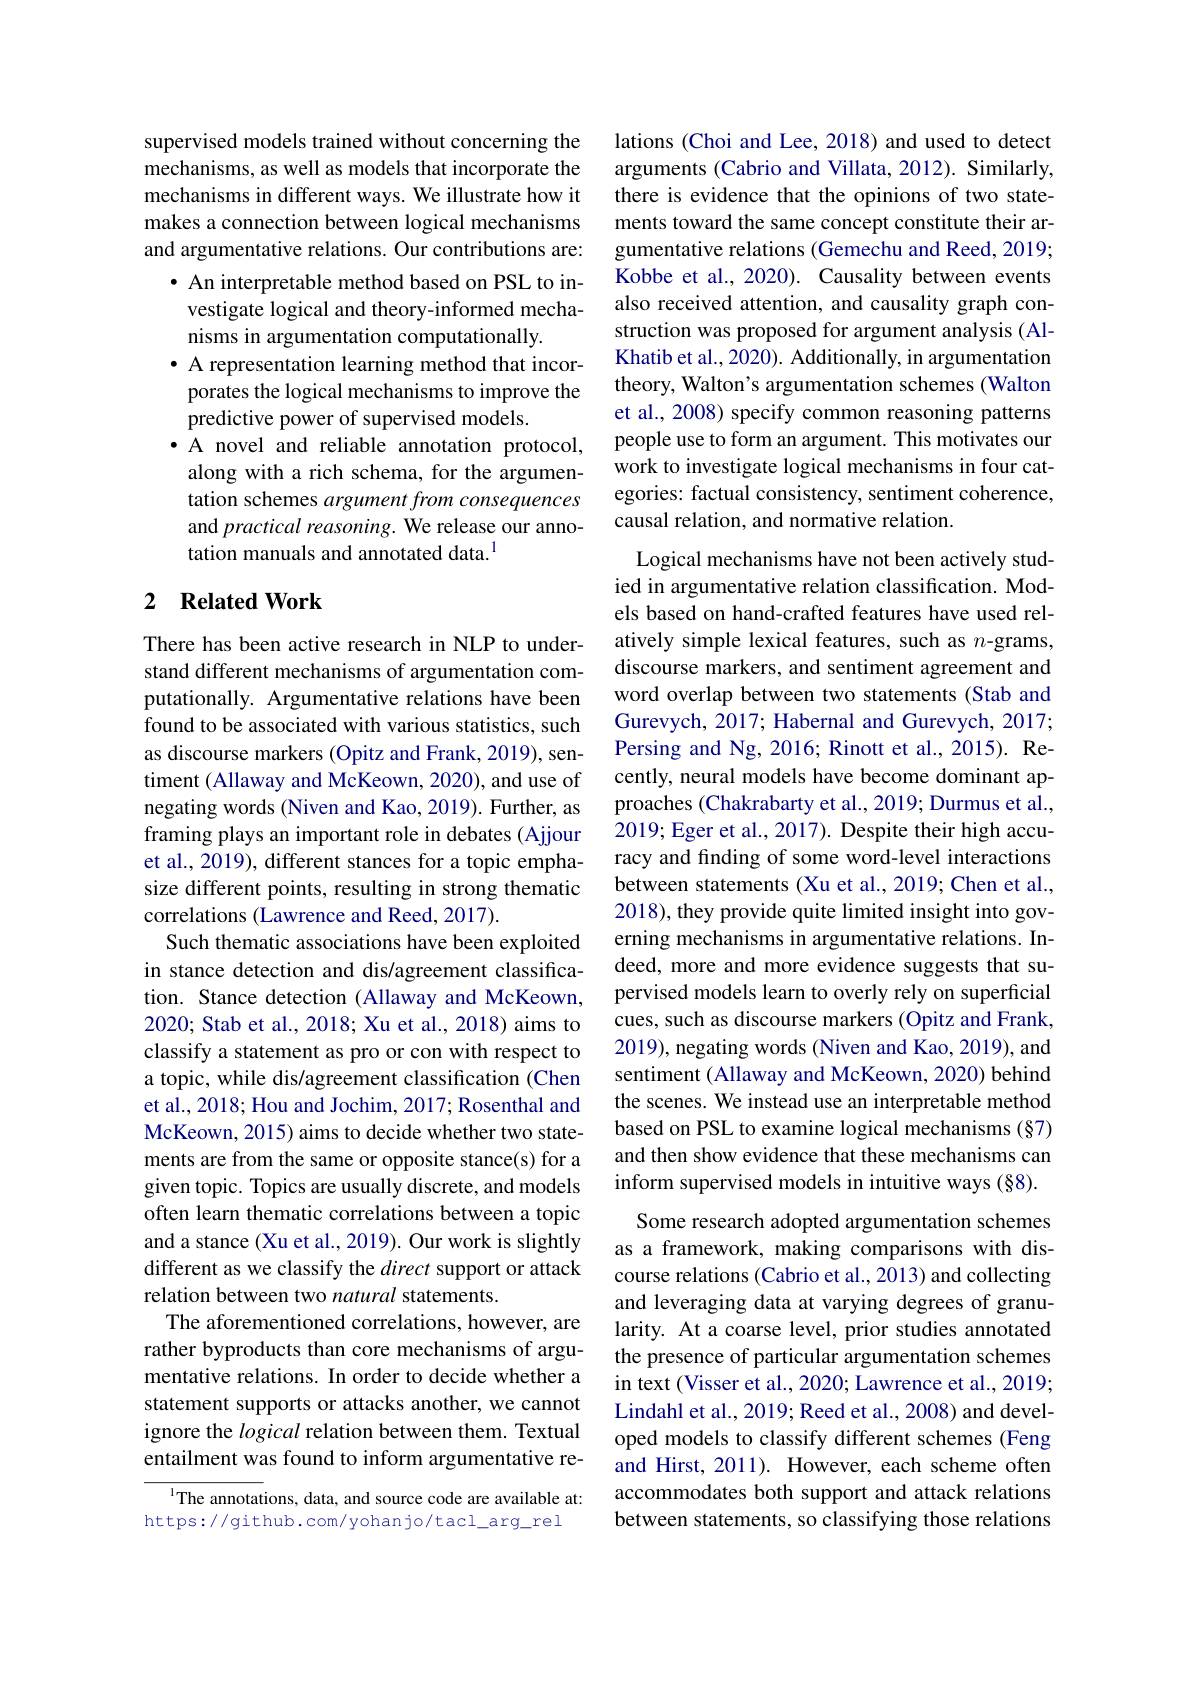
supervised models trained without concerning the mechanisms, as well as models that incorporate the mechanisms in different ways. We illustrate how it makes a connection between logical mechanisms and argumentative relations. Our contributions are:
· An interpretable method based on PSL to in-
vestigate logical and theory-informed mecha-
nisms in argumentation computationally.
· A representation learning method that incor-
porates the logical mechanisms to improve the
predictive power of supervised models.
·A novel and reliable annotation protocol, along with a rich schema, for the argumentation schemes argument from consequences and practical reasoning. We release our annotation manuals and annotated data.$^{1}$

## 2 $\textbf{Related Work}$

There has been active research in NLP to understand different mechanisms of argumentation computationally. Argumentative relations have been found to be associated with various statistics, such as discourse markers (Opitz and Frank, 2019), sentiment (Allaway and McKeown, 2020), and use of negating words (Niven and Kao, 2019). Further, as framing plays an important role in debates (Ajjour et al., 2019), different stances for a topic emphasize different points, resulting in strong thematic correlations (Lawrence and Reed, 2017).
Such thematic associations have been exploited in stance detection and dis/agreement classification. Stance detection (Allaway and McKeown, 2020; Stab et al., 2018; Xu et al., 2018) aims to classify a statement as pro or con with respect to a topic, while dis/agreement classification (Chen et al., 2018; Hou and Jochim, 2017; Rosenthal and McKeown, 2015) aims to decide whether two statements are from the same or opposite stance(s) for a given topic. Topics are usually discrete, and models often learn thematic correlations between a topic and a stance (Xu et al., 2019). Our work is slightly different as we classify the direct support or attack relation between two natural statements.
The aforementioned correlations, however, are rather byproducts than core mechanisms of argumentative relations. In order to decide whether a statement supports or attacks another, we cannot ignore the logical relation between them. Textual entailment was found to inform argumentative re-
$^{1}$The annotations, data, and source code are available at:

https://github.com/yohanjo/tacl_arg_rel

lations (Choi and Lee, 2018) and used to detect arguments (Cabrio and Villata, 2012). Similarly, there is evidence that the opinions of two statements toward the same concept constitute their argumentative relations (Gemechu and Reed, 2019; Kobbe et al., 2020). Causality between events also received attention, and causality graph construction was proposed for argument analysis (AlKhatib et al., 2020). Additionally, in argumentation theory, Walton's argumentation schemes (Walton et al., 2008) specify common reasoning patterns people use to form an argument. This motivates our work to investigate logical mechanisms in four categories: factual consistency, sentiment coherence, causal relation, and normative relation.

Logical mechanisms have not been actively studied in argumentative relation classification. Models based on hand-crafted features have used relatively simple lexical features, such as $n$-grams, discourse markers, and sentiment agreement and word overlap between two statements (Stab and Gurevych, 2017; Habernal and Gurevych, 2017; Persing and Ng, 2016; Rinott et al., 2015). Recently, neural models have become dominant approaches (Chakrabarty et al.,2019; Durmus et al., 2019; Eger et al., 2017). Despite their high accuracy and finding of some word-level interactions between statements (Xu et al., 2019; Chen et al., 2018), they provide quite limited insight into governing mechanisms in argumentative relations. Indeed, more and more evidence suggests that supervised models learn to overly rely on superficial cues, such as discourse markers (Opitz and Frank, 2019), negating words (Niven and Kao, 2019), and sentiment (Allaway and McKeown, 2020) behind the scenes. We instead use an interpretable method based on PSL to examine logical mechanisms (§7) and then show evidence that these mechanisms can inform supervised models in intuitive ways (§8).
Some research adopted argumentation schemes as a framework, making comparisons with discourse relations (Cabrio et al., 2013) and collecting and leveraging data at varying degrees of granularity. At a coarse level, prior studies annotated the presence of particular argumentation schemes in text (Visser et al., 2020; Lawrence et al., 2019; Lindahl et al., 2019; Reed et al., 2008) and developed models to classify different schemes (Feng and Hirst, 2011). However, each scheme often accommodates both support and attack relations between statements, so classifying those relations